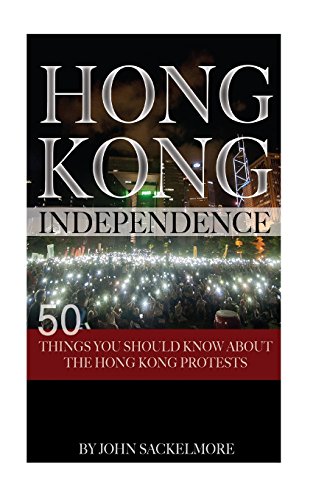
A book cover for Hong Kong Independence: 50 Things You Should Know About the Hong Kong Protests; John Sackelmore; History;